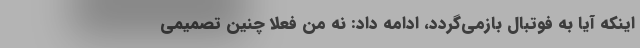
اینکه آیا به فوتبال بازمی‌گردد، ادامه داد: نه من فعلا چنین تصمیمی